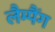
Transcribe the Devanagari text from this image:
लैम्पैंग